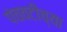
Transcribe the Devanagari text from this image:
पंचवटीच्या